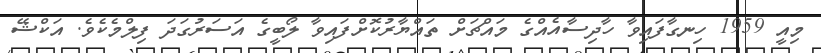
މިއީ 1959 ހިނގާފައިވާ ހާދިސާއެއްގެ މައްޗަށް ތައްޔާރުކޮށްފައިވާ ލޯބީގެ އަސަރުގަދަ ފިލްމެކެވެ. އަކްޝޭ